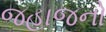
જહાજનો